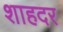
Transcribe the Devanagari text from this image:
शाहदर